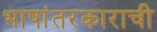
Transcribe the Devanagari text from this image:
भाषांतरकाराची